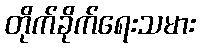
တိုက်ခိုက်ရေးသမား